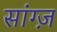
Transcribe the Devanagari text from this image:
सांग्ज़